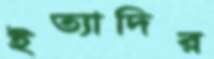
ইত্যাদির